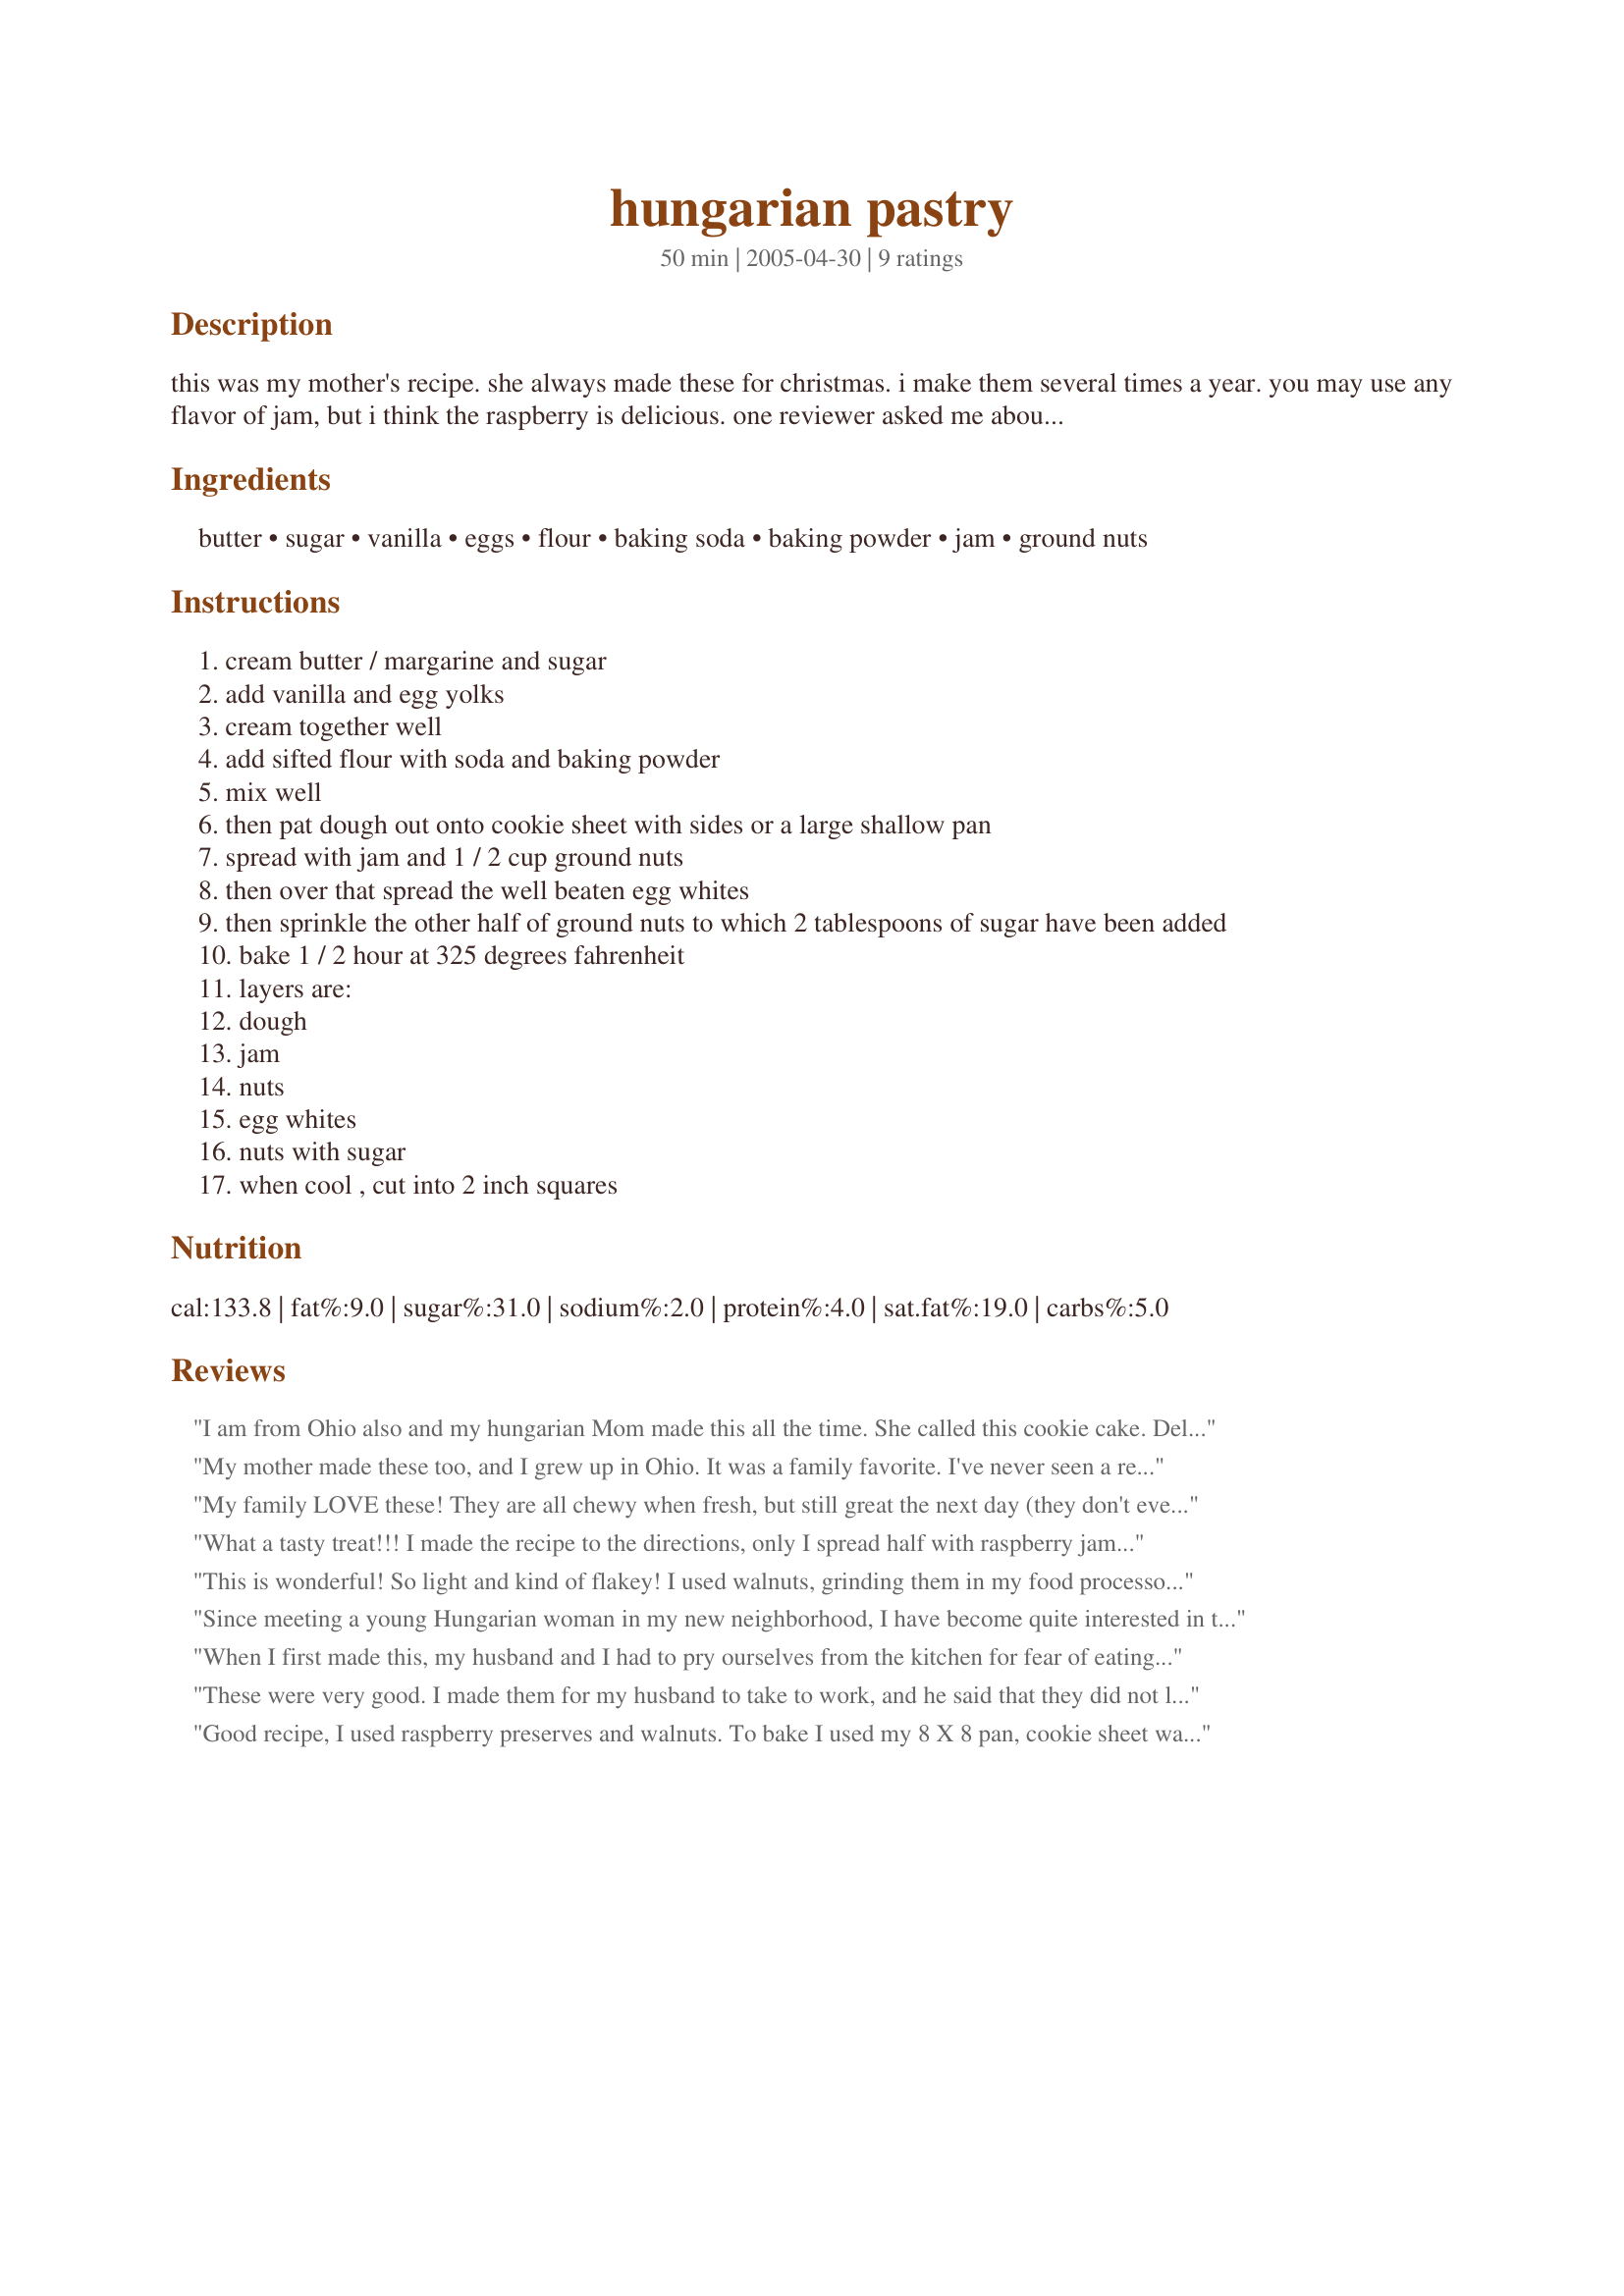
hungarian pastry
Preparation time: 50 minutes

this was my mother's recipe. she always made these for christmas. i make them several times a year. you may use any flavor of jam, but i think the raspberry is delicious. one reviewer asked me about the egg whites. i always beat the egg whites until soft peaks form. my mother made it the same way.

Ingredients:
butter, sugar, vanilla, eggs, flour, baking soda, baking powder, jam, ground nuts

Steps:
cream butter / margarine and sugar
add vanilla and egg yolks
cream together well
add sifted flour with soda and baking powder
mix well
then pat dough out onto cookie sheet with sides or a large shallow pan
spread with jam and 1 / 2 cup ground nuts
then over that spread the well beaten egg whites
then sprinkle the other half of ground nuts to which 2 tablespoons of sugar have been added
bake 1 / 2 hour at 325 degrees fahrenheit
layers are:
dough
jam
nuts
egg whites
nuts with sugar
when cool , cut into 2 inch squares

Reviews:
I am from Ohio also and my hungarian Mom made this all the time. She called this cookie cake. Delicious! :)
My mother made these too, and I grew up in Ohio. It was a family favorite. I've never seen a recipe similar to this. We always made it with strawberry jam. I sometimes use other jams, but it never quite tastes right to me if it's not strawberry. Also, we always use walnuts.

You don't say what size pan you use. We use 7 x 11, and it turns out a little thicker than the photo.
My family LOVE these! They are all chewy when fresh, but still great the next day (they don't ever last longer than that!!).
The other day I wanted to make them, but didn't have any nuts in the house, so I doubled the dough, used half for the base and spread the jam. I added a little more flour to the other half to make it crumbly, then sprinkled it instead of the nuts, over the jam, followed by the whipped egg whites and then more crumbly dough on top. It worked brilliantly, which was a relief, since I had already told everyone I was going to bake their new favourite cookies!!
What a tasty treat!!! I made the recipe to the directions, only I spread half with raspberry jam and the other half with apricot.
I also ground my own walnuts and may have left them a bit chunkier that the recipe calls for, but it looked and tasted great!! As my youngest son said "this stuff rocks!!". Thanks Jane.
This is wonderful! So light and kind of flakey! I used walnuts, grinding them in my food processor. I also used the recommended raspberry jam. This was so easy to make, but tastes like something from Grandma's kitchen that took her hours to make.

This was part of my Christmas cookie tray and I only got a couple. They disappeared fast! My mother loved them, so I definitely have to make them again soon. This is going to be on my Christmas cookie tray for years to come. Thank you!
UPDATE: My mother kept saying, "I hope you are making that Hungarian Pastry for me," and it was so cute. She's in her 70's now and she seemed so worried that I would not have the time to make them, because I was busy with other cookies for Christmas trays. I said, "Mom don't worry, I'm making them. I'm saving them for last, so they are super fresh for you." I ended up making her a batch of her own. I can't believe more people haven't tried these.
Since meeting a young Hungarian woman in my new neighborhood, I have become quite interested in trying the pastry recipes my Hungarian maternal grandmother was known for back in Pittsburgh, Pa. -- where elaborate cookie trays take up entire banquet tables at wedding receptions. Yummy nut rolls, Kolaches, cream-filled Lady Locks, raspberry and apricot pastry triangles.....Nana made them all. One recipe I could not find has been bugging me, and I was amazed to locate this very similar cookie cake on my first Internet search! Instead of raspberry, Nana thiickened pineapple jam for the filling. Never saw her baking this one, as she usually prepared everything the day before we arrived, so she could devote her attention totally to the grandkids. Many thanks for sharing this.
When I first made this, my husband and I had to pry ourselves from the kitchen for fear of eating it all in one go! We had guests around the following day and offered what was left to them, they too loved it and took home the recipe. It is such a simple dish to make and using really simple ingredients. I used a mixture of nuts (pecan, hazelnut, walnut, cashew) and you have to PILE ON THE JAM cause its what gives it the real edge.
These were very good. I made them for my husband to take to work, and he said that they did not last more then 2 hours. I love bars like this because of their toasty and sweet flavor, and this bar was fit that mold exactly. I will probably be making these again for a burger burn that my friend is throwing. The recipe might have to be doubled, though, because I just don't think 16 servings is enough. lol. People would be fighting for them. Anyway, thank you for a great recipe. It is definately a keeper. :)
Good recipe, I used raspberry preserves and walnuts. To bake I used my 8 X 8 pan, cookie sheet was too big. Shortly after I baked the pastry, I let it cool for a bit, I took a bite and they tasted great, however, served them next day, and the dough was a little too dry for me. Also, not sure if I was suppose to whip the eggwhites and form peaks or whisk them in a bowl, until they got frothy - I did the later. If anyone knows, please let me know. I would serve them same day. Thank you for the posting Jane.
